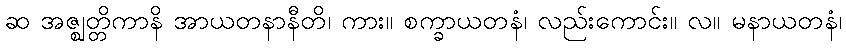
ဆ အဇ္ဈတ္တိကာနိ အာယတနာနီတိ၊ ကား။ စက္ခာယတနံ၊ လည်းကောင်း။ လ။ မနာယတနံ၊